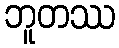
ဘူတဿ